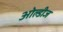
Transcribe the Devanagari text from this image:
ओल्डीज